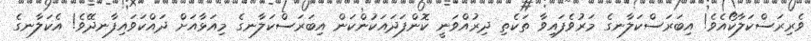
ވެރިރަސްކަލާކޯއެވެ! އިބަރަސްކަލާނގެ މަރުވެފައިވާ ތަކެތި ދިރުއްވަނީ ކޮންފަދައަކުންކަން އިބަރަސްކަލާނގެ މިއަޅާއަށް ދައްކަވައިފާނދޭވެ! އެކަލާނގެ